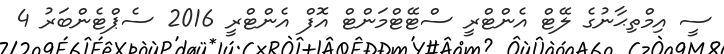
ސީ އިމްތިޙާނުގެ ލޭޓް އެންޓްރީ ސްޓޭޓްމަންޓް އޮފް އެންޓްރީ 2016 ސެޕްޓެންބަރު 4